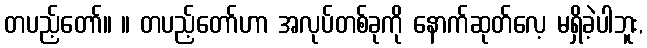
တပည့်တော်။ ။ တပည့်တော်ဟာ အလုပ်တစ်ခုကို နောက်ဆုတ်လေ့ မရှိခဲ့ပါဘူး,